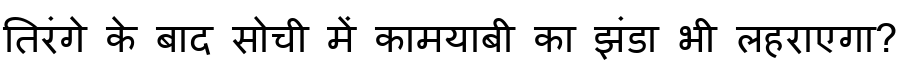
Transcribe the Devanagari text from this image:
तिरंगे के बाद सोची में कामयाबी का झंडा भी लहराएगा?